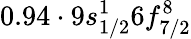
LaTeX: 0.94\cdot 9s_{1/2}^{1}6f_{7/2}^{8}